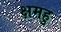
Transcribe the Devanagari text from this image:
क्षमहु